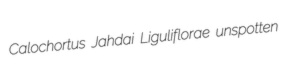
Calochortus Jahdai Liguliflorae unspotten